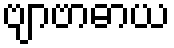
ဗျာဗာဓာယ